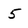
Character: 5